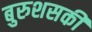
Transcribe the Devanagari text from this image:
बुरुशसकी